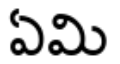
ఏమి